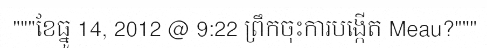
"""ខែធ្នូ 14, 2012 @ 9:22 ព្រឹកចុះការបង្កើត Meau?"""